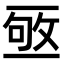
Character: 𠄹